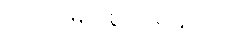
ဘဂဝါ၊ မြတ်စွာဘုရားသည်။